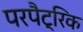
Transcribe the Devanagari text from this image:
परपैट्रिक